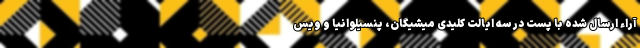
آراء ارسال شده با پست در سه ایالت کلیدی میشیگان، پنسیلوانیا و ویس